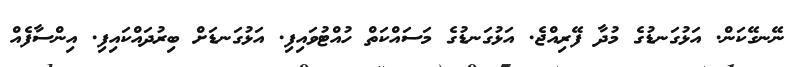
ނޭނގޭކަން. އަޅުގަނޑުގެ މުދާ ފޭރިއްޖެ. އަޅުގަނޑުގެ މަސައްކަތް ހުއްޓުވައިފި. އަޅުގަނޑަށް ބިރުދައްކައިފި. އިންސާފެއް